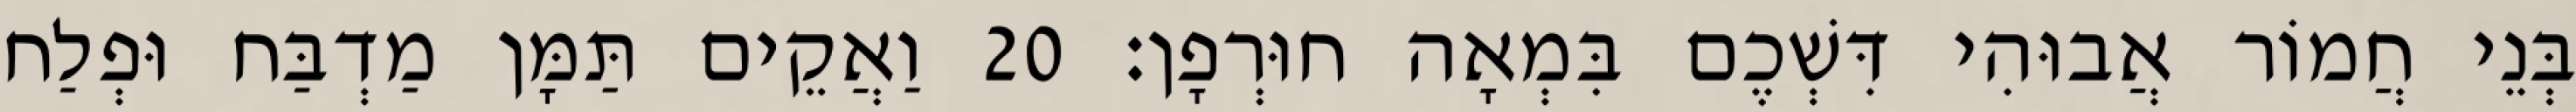
בְּנֵי חֲמוֹר אֲבוּהִי דִּשְׁכֶם בִּמְאָה חוּרְפָן׃ 20 וַאֲקֵים תַּמָּן מַדְבַּח וּפְלַח